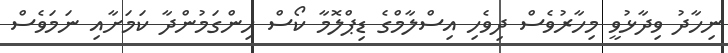
ނިހާދު ވިދާޅުވީ މިހާރުވެސް ދިވެހި އިސްލާމްގެ ޑިޕްލޮމާ ކޯސް ހިންގަމުންދާ ކަމަށާއި ނަމަވެސް